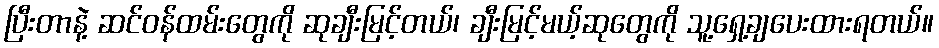
ပြီးတာနဲ့ ဆင်ဝန်ထမ်းတွေကို ဆုချီးမြင့်တယ်၊ ချီးမြင့်မယ့်ဆုတွေကို သူ့ရှေ့ချပေးထားရတယ်။